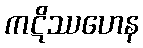
ကဋိဿဟေန